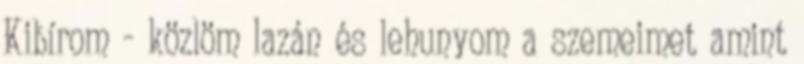
Kibírom - közlöm lazán és lehunyom a szemeimet amint